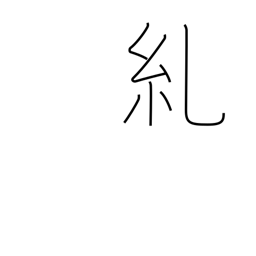
Meaning: twist (rope)